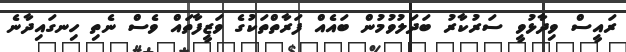
ރައީސް ވިދާޅުވީ ސަރުކާރު ބަދަލުވުމުން ބައެއް ފަރާތްތަކުގެ ވަޒީފާތައް ވެސް ނެތި ހިނގައިދާނެ